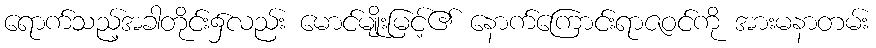
ရောက်သည့်အခါတိုင်း၌လည်း မောင်မျိုးမြင့်၏ နောက်ကြောင်းရာဇဝင်ကို အားမနာတမ်း